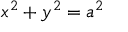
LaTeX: x ^ { 2 } + y ^ { 2 } = a ^ { 2 }